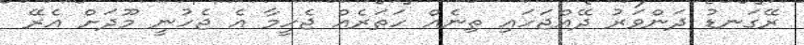
ރޭގަނޑު ދަންވަރު ދޭއްޖަހައި ތިނެއް ހަތަރެއް ޖެހީމާ އެ ޖެހުނީ މޫދަށް އެރޭ